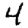
Digit: 4